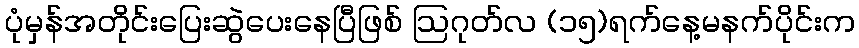
ပုံမှန်အတိုင်းပြေးဆွဲပေးနေပြီဖြစ် ဩဂုတ်လ (၁၅)ရက်နေ့မနက်ပိုင်းက